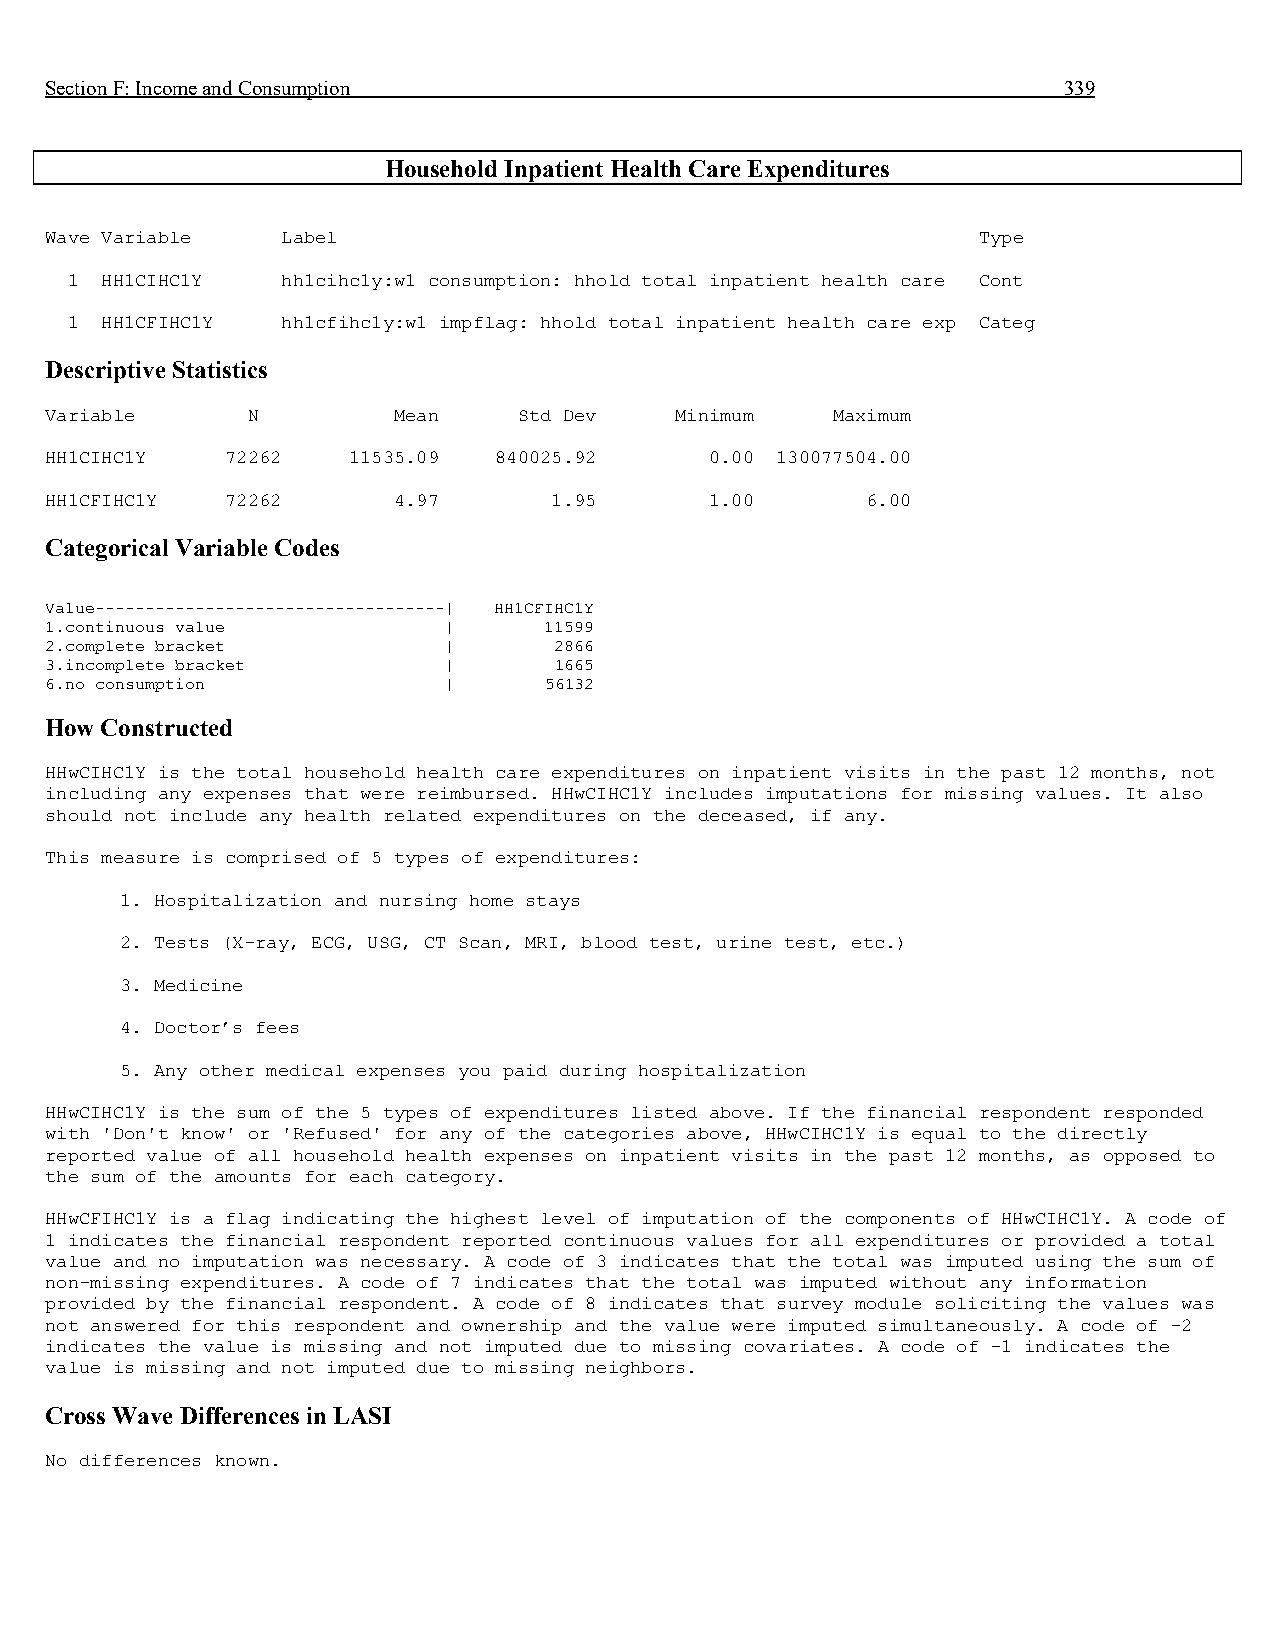
Section F: Income and Consumption                                  339
 Household Inpatient Health Care Expenditures
 Wave Variable   Label                                         Type
 1  HH1CIHC1Y   hh1cihc1y:w1 consumption: hhold total inpatient health care Cont
 1  HH1CFIHC1Y  hh1cfihc1y:w1 impflag: hhold total inpatient health care exp Categ
 Descriptive Statistics
 Variable     N         Mean    Std Dev    Minimum   Maximum
 HH1CIHC1Y   72262   11535.09  840025.92     0.00 130077504.00
 HH1CFIHC1Y  72262      4.97      1.95       1.00      6.00
 Categorical Variable Codes
 Value-----------------------------------| HH1CFIHC1Y
 1.continuous value        |      11599
 2.complete bracket        |       2866
 3.incomplete bracket      |       1665
 6.no consumption          |      56132
 How Constructed
 HHwCIHC1Y is the total household health care expenditures on inpatient visits in the past 12 months, not
 including any expenses that were reimbursed. HHwCIHC1Y includes imputations for missing values. It also
 should not include any health related expenditures on the deceased, if any.
 This measure is comprised of 5 types of expenditures:
 1. Hospitalization and nursing home stays
 2. Tests (X-ray, ECG, USG, CT Scan, MRI, blood test, urine test, etc.)
 3. Medicine
 4. Doctor’s fees
 5. Any other medical expenses you paid during hospitalization
 HHwCIHC1Y is the sum of the 5 types of expenditures listed above. If the financial respondent responded
 with 'Don't know' or 'Refused' for any of the categories above, HHwCIHC1Y is equal to the directly
 reported value of all household health expenses on inpatient visits in the past 12 months, as opposed to
 the sum of the amounts for each category.
 HHwCFIHC1Y is a flag indicating the highest level of imputation of the components of HHwCIHC1Y. A code of
 1 indicates the financial respondent reported continuous values for all expenditures or provided a total
 value and no imputation was necessary. A code of 3 indicates that the total was imputed using the sum of
 non-missing expenditures. A code of 7 indicates that the total was imputed without any information
 provided by the financial respondent. A code of 8 indicates that survey module soliciting the values was
 not answered for this respondent and ownership and the value were imputed simultaneously. A code of -2
 indicates the value is missing and not imputed due to missing covariates. A code of -1 indicates the
 value is missing and not imputed due to missing neighbors.
 Cross Wave Differences in LASI
 No differences known.